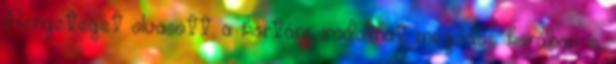
Rengeteget olvasott: a kortárs irodalmat még idős korában is.